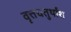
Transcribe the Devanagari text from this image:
वृत्तचतुर्थांश